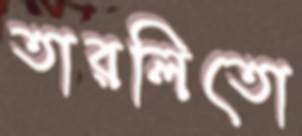
তারলিতো